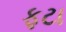
ફટા